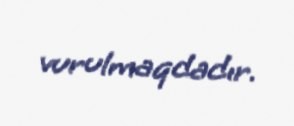
vurulmaqdadır.